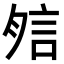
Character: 𧦇